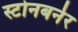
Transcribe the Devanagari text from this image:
स्टोनबर्नर